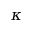
\kappa